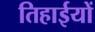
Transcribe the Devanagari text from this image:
तिहाईयों